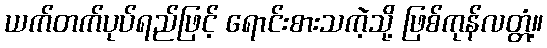
ယက်တက်ပုပ်ရည်ဖြင့် ရောင်းစားသကဲ့သို့ ဖြစ်ကုန်လတ္တံ့။